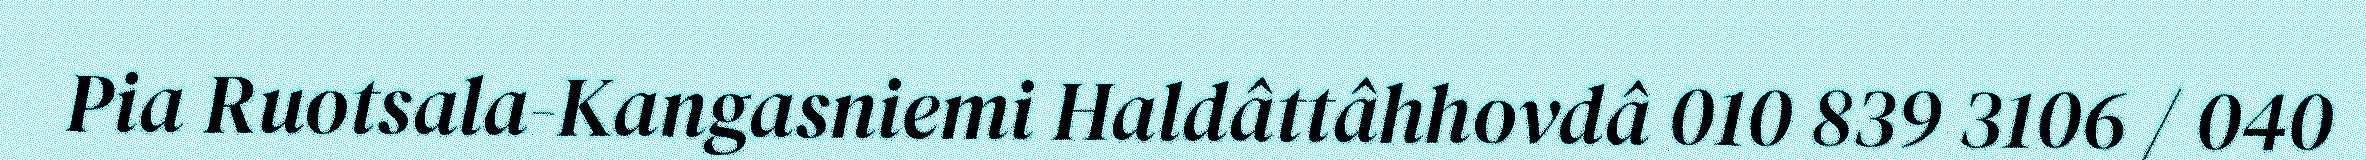
Pia Ruotsala-Kangasniemi Haldâttâhhovdâ 010 839 3106 / 040